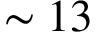
\sim 1 3